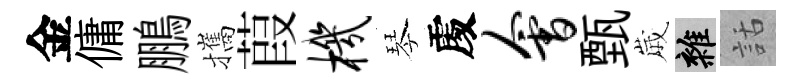
金傭鵬攜葭机琴𠁅会甄𡻕雜話